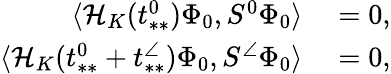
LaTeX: \begin{array}{rl}{\langle\mathcal{H}_{K}(t_{**}^{0})\Phi_{0},S^{0}\Phi_{0}\rangle}&{{}=0,}\\ {\langle\mathcal{H}_{K}(t_{**}^{0}+t_{**}^{\angle})\Phi_{0},S^{\angle}\Phi_{0}\rangle}&{{}=0,}\end{array}